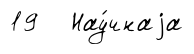
19 Нау́чнаjа